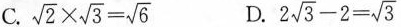
C. $$\sqrt{2}\times \sqrt{3}= \sqrt{6}$$ D. $$2 \sqrt{3}-2= \sqrt{3}$$